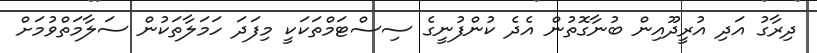
ދިރާގު އަދި އުރީދޫއިން ބުނާގޮތުން އެދެ ކުންފުނީގެ ސިސްޓަމްތަކަކީ މިފަދަ ހަމަލާތަކުން ސަލާމަތްވުމަށް